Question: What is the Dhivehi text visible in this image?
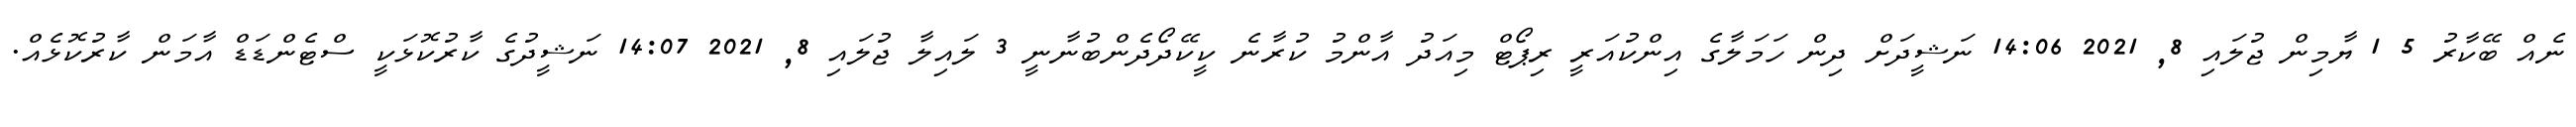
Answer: ނެއް ބޭކާރު 5 1 ޔާމިން ޖުލައި 8, 2021 14:06 ނަޝީދަށް ދިން ހަމަލާގެ އިންކުއަރީ ރިޕޯޓް މިއަދު އާންމު ކުރާނެ ކީކޭދޯދެންބުނާނީ 3 ލައިލާ ޖުލައި 8, 2021 14:07 ނަޝީދުގެ ކާރުކޮޅަކީ ސްޓެންޑަޑް އާމަން ކާރުކޮޅެއް.